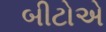
બીટોએ